Report on horse surra - Volume I
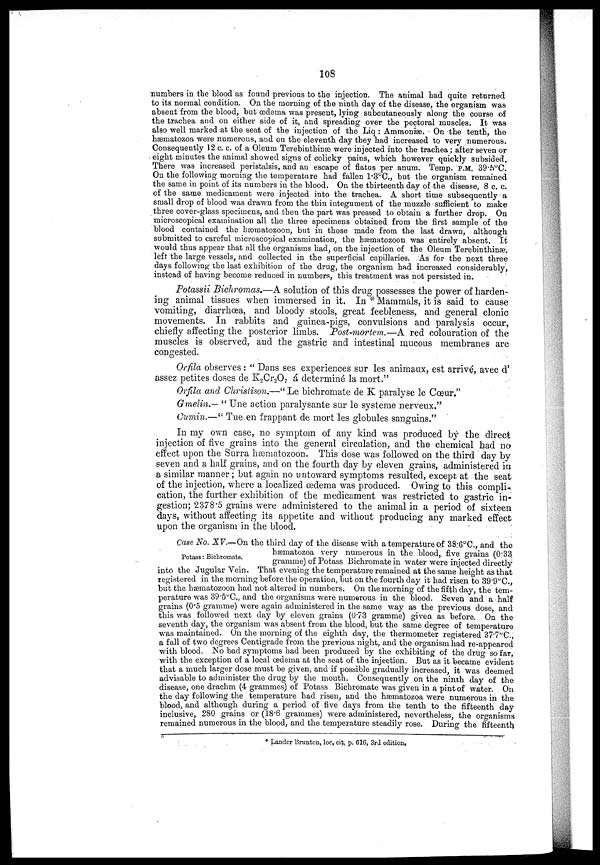
108
numbers in the blood as found previous to the injection. The animal had quite returned
to its normal condition. On the morning of the ninth day of the disease, the organism was
absent from the blood, but œdema was present, lying subcutanequsly along the course of
the trachea and on either side of it, and spreading over the pectoral muscles. It was
also well marked at the seat of the injection of the Liq: Ammoniæ. On the tenth, the
hæmatozoa were numerous, and on the eleventh day they had increased to very numerous.
Consequently 12 c. c. of a Oleum Terebinthinæ were injected into the trachea; after seven or
. eight minutes the animal showed signs of colicky pains, which however quickly subsided.
There was increased peristalsis, and an escape of flatus per anum. Temp. P.M. 39.5°C.
On the following morning the temperature had fallen 1.3°C., but the organism remained
the same in point of its numbers in the blood. On the thirteenth day of the disease, 8 c. c.
of the same medicament were injected into the trachea. A short time subsequently a
small drop of blood was drawn from the thin integument of the muzzle sufficient to make
three cover-glass specimens, and then the part was pressed to obtain a further drop. On
microscopical examination all the three specimens obtained from the first sample of the
blood contained the hæmatozoon, but in those made from the last drawn, although
submitted to careful microscopical examination, the hæmatozoon was entirely absent. It
would thus appear that all the organisms had, on the injection of the Oleum Terebinthinæ,
left the large vessels, and collected in the superficial capillaries. As for the next three
days following; the last exhibition of the drug, the organism had increased considerably,
instead of having become reduced in numbers, this treatment was not persisted in.
Potassii Bichromas.—A solution of this drug possesses the power of harden-
ing animal tissues when immersed in it. In * Mammals, it is said to cause
vomiting, diarrhoea, and bloody stools, great feebleness, and general clonic
movements. In rabbits and guinea-pigs, convulsions and paralysis occur,
chiefly affecting the posterior limbs. Post-mortem,—A red colouration of the
muscles is observed, and the gastric and intestinal mucous membranes are
congested.
Orfila observes: " Dans ses experiences sur les animaux, est arrive, avec d'
assez petites doses de K 2 Cr 2 O 7 á determine la mort."
Orfila and Christison.—" Le bichromate de K paralyse le Cœur,"
Gmelin.— " Une action paralysante sur le systeme nerveux,"
Cumin.—" Tue.en frappant de mort les globules sanguins."
In my own case, no symptom of any kind was produced by the direct
injection of five grains into the general circulation, and the chemical had no
effect upon the Surra hæmatozoon. This dose was followed on the third day by
seven and a half grains, and on the fourth day by eleven grains, administered in
a similar manner; but again no untoward symptoms resulted, except at the seat
of the injection, where a localized oedema was produced. Owing to this compli-.
cation, the further exhibition of the medicament was restricted to gastric in-
gestion; 2378.5 grains were administered to the animal in a period of sixteen
days, without affecting its appetite and without producing any marked effect
upon the organism in the blood.
Potass : Bichromate.
Case No. XV.—On the third day of the disease with a temperature of 38.6°C, and the
hæmatozoa very numerous in the blood, five grains (0.33
gramme) of Potass Bichromate in water were injected directly
into the Jugular "Vein. That evening the temperature remained at the same height as that
registered in the morning before the operation, but on the fourth day it had risen to 39.9°C.,
but the hæmatozoon had not altered in numbers. On the morning of the fifth day, the tem-
perature was 39.5°C., and the organisms were numerous in the blood. Seven and a half
grains (0.5 gramme) were again administered in the same way as the previous dose, and
this was followed next day by eleven grains (0.73 gramme) given as before. On the
seventh day, the organism was absent from the blood, but the same degree of temperature
was maintained, On the morning of the eighth day, the thermometer registered 37.7°C.,
a fall of two degrees Centigrade from the previous night, and the organism had re-appeared
with blood. No bad symptoms had been produced by the exhibiting of the drug so far,
with the exception of a local oedema at the seat of the injection. But as it became evident
that a much larger close must be given, and if possible gradually increased, it was deemed
advisable to administer the drug by the mouth. Consequently on the ninth day of the
disease, one drachm (4 grammes) of Potass Bichromate was given in a pint of water. On
the day following the temperature had risen, and the hæmatozoa were numerous in the
blood, and although during a period of five days from the tenth to the fifteenth day
inclusive, 280 grains or (18.6 grammes) were administered, nevertheless, the organisms
remained numerous in the blood, and the temperature steadily rose. During the fifteenth
* Lander Brunton, loc. cit, p. 616, 3rd edition.